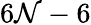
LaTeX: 6\mathcal{N}-6